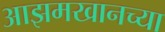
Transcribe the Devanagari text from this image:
आझमखानच्या